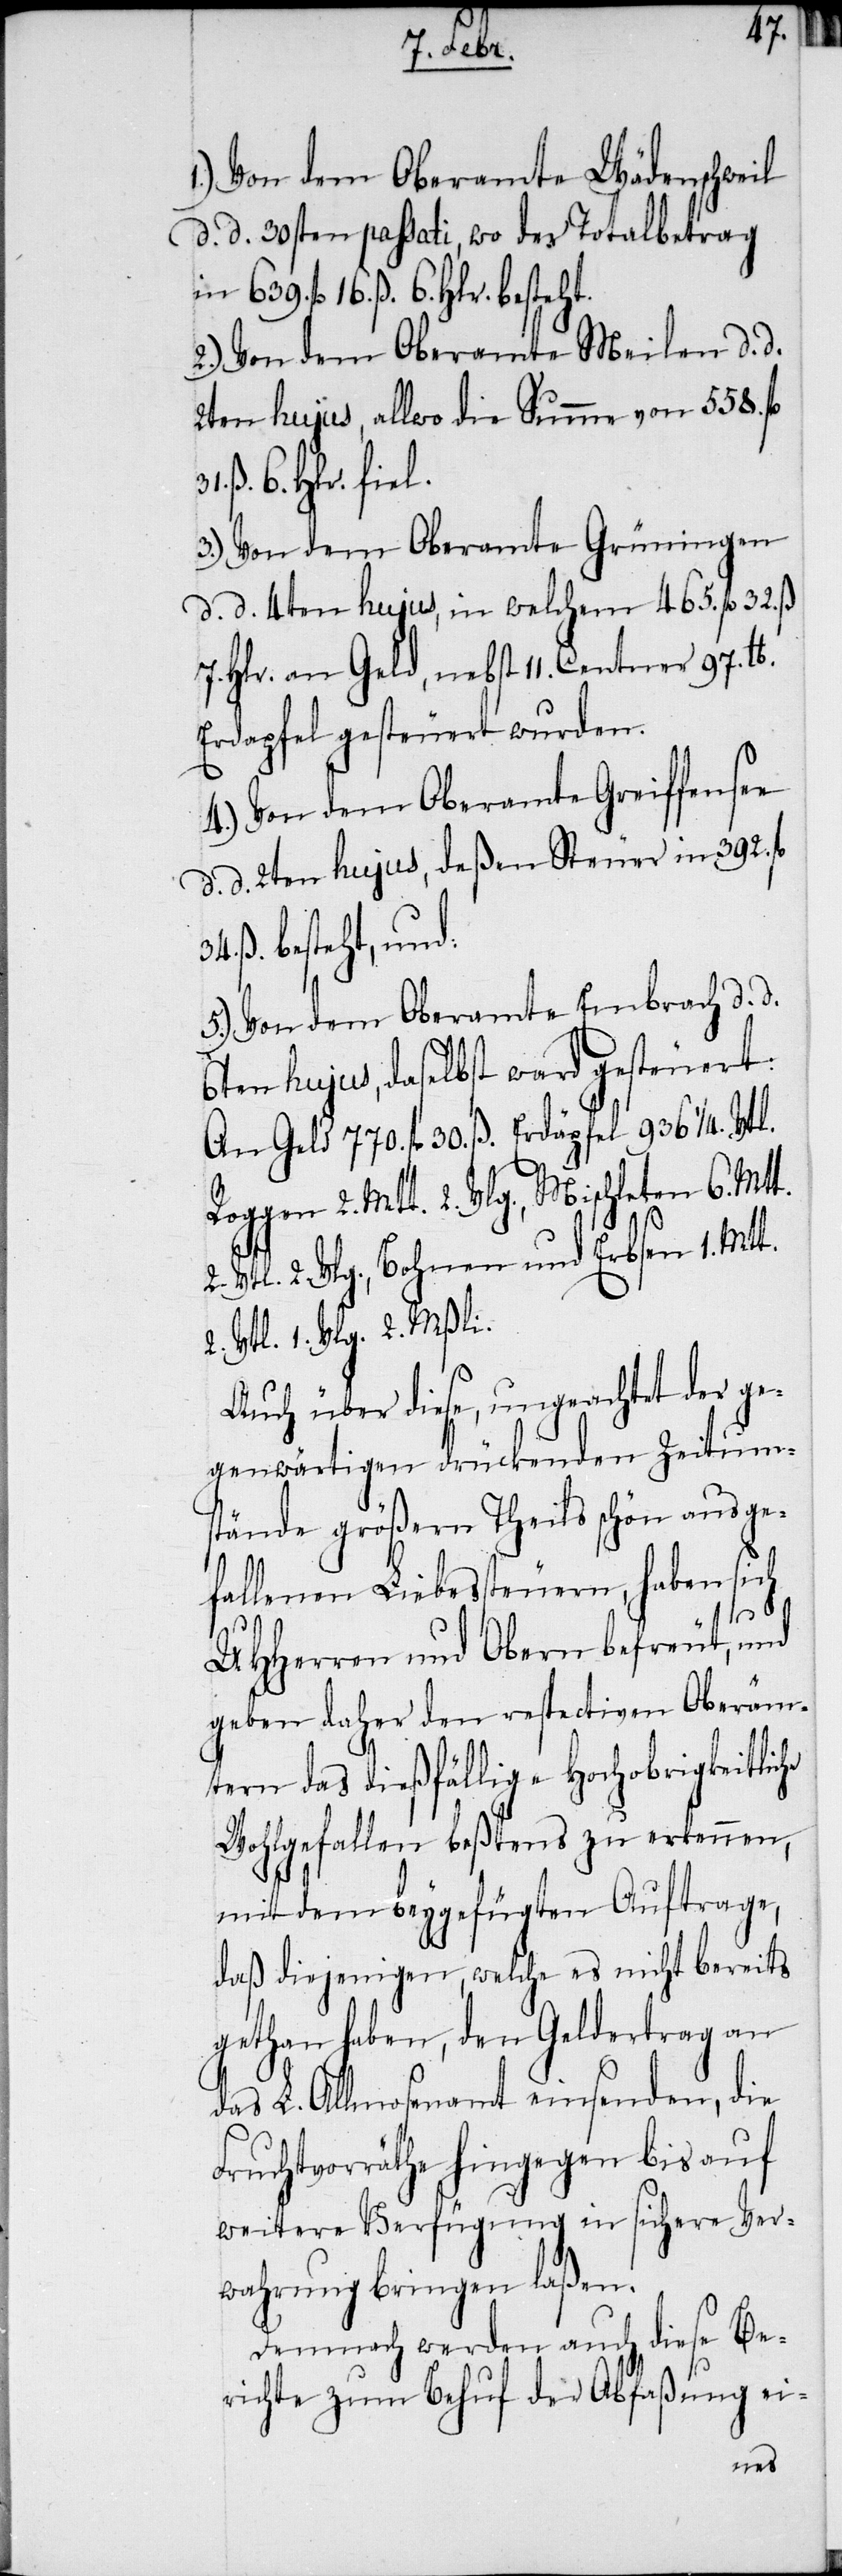
1.) Von dem Oberamte Wädenschweil
d. d. 30sten passati, wo der Totalbetrag
in 639. fl 16. ß. 6. Hlr. besteht.
2.) Von dem Oberamte Meilen d. d.
2ten hujus, allwo die Summe von 558. fl
6. Hlr. fiel.
3.) Von dem Oberamte Grüningen
d. d. 4ten hujus, in welchem 465. fl 32. ß
7. Hlr. an Geld, nebst 11. Centner 97. lb.
Erdapfel gesteuert wurden.
4.) Von dem Oberamte Greiffensee
d. d. 2ten hujus, deßen Steuer in 392. fl
ß. besteht, und:
5.) Von dem Oberamte Embrach d. d.
6ten hujus, daselbst ward gesteuert:
An Geld 770. fl 30. ß. Erdäpfel 936 ¼. Vtl.
Roggen 2. Mtt. 2. Vlg., Mischleten 6. Mt¬
Vtl. 2. Vlg., Bohnen und Erbsen 1. Mtt.
2. Vtl. 1. Vlg. 2. Mßli.
Auch über diese, ungeachtet der ge¬
genwärtigen drückenden Zeitum¬
stände größern Theils schön ausge¬
fallenen Liebessteuern, haben sich
31.
t.2.
UHHerren und Obern befreut, und
geben daher den respectiven Oberäm¬
tern das dießfällige Hochobrigkeitliche
Wohgefallen beßtens zu erkennen,
mit dem beygefügten Auftrage,
daß diejenigen, welche es nicht bereits
gethan haben, den Geldertrag an
das L. Allmosenamt einsenden, die
Fruchtvorräthe hingegen bis auf
weitere Verfügung in sichere Ver¬
wahrung bringen laßen.
Demnach werden auch diese Be¬
richte zum Behuf der Abfaßung ei-